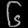
Digit: ၆